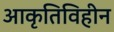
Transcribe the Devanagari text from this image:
आकृतिविहीन